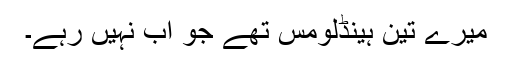
میرے تین ہینڈلومس تھے جو اب نہیں رہے۔